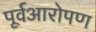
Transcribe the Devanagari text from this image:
पूर्वआरोपण